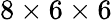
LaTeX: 8\times 6\times 6